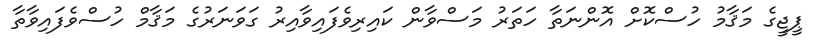
ޕީޖީގެ މަޤާމު ހުސްކޮށް އޮންނަތާ ހަތަރު މަސްވާން ކަައިރިވެފައިވާއިރު ގަވަނަރުގެ މަޤާމް ހުސްވެފައިވާތާ